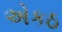
એકઠ